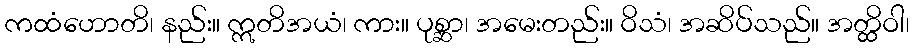
ကထံဟောတိ၊ နည်း။ ဣတိအယံ၊ ကား။ ပုစ္ဆာ၊ အမေးတည်း။ ဝိသံ၊ အဆိပ်သည်။ အတ္ထိဝါ၊